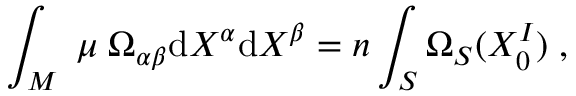
\int _ { M } \; \mu \; \Omega _ { \alpha \beta } \mathrm { d } X ^ { \alpha } \mathrm { d } X ^ { \beta } = n \int _ { S } \Omega _ { S } ( X _ { 0 } ^ { I } ) \; ,